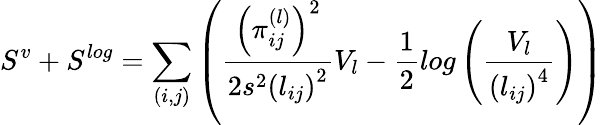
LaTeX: S^{v}+S^{log}=\sum_{(i,j)}\left(\frac{\left(\pi_{ij}^{(l)}\right)^{2}}{2s^{2}\left(l_{ij}\right)^{2}}V_{l}-\frac{1}{2}log\left(\frac{V_{l}}{\left(l_{ij}\right)^{4}}\right)\right)